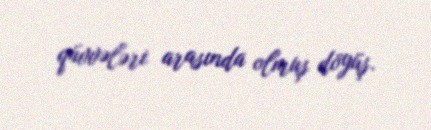
qüvvələri arasında olmuş döyüş.